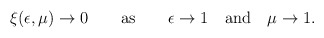
\begin{align*}\xi(\epsilon,\mu)\to 0 \qquad {\rm as} \qquad \epsilon\to 1 \quad {\rm and} \quad \mu\to 1.\end{align*}